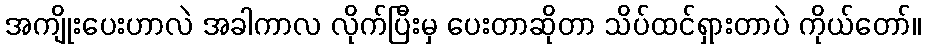
အကျိုးပေးဟာလဲ အခါကာလ လိုက်ပြီးမှ ပေးတာဆိုတာ သိပ်ထင်ရှားတာပဲ ကိုယ်တော်။